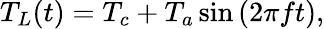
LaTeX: T_{L}(t)=T_{c}+T_{a}\sin\left(2\pi ft\right),